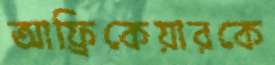
আফ্রিকেয়ারকে